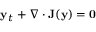
\mathbf { y } _ { t } + \nabla \cdot \mathbf { J } ( \mathbf { y } ) = \mathbf { 0 }